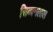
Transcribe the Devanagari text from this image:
सिब्‍बनलाल